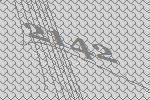
2142